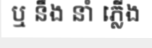
ឬ នឹង នាំ ភ្លើង